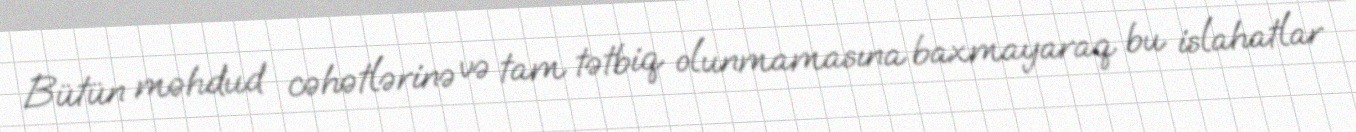
Bütün məhdud cəhətlərinə və tam tətbiq olunmamasına baxmayaraq bu islahatlar